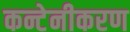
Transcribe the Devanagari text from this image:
कन्टेनीकरण